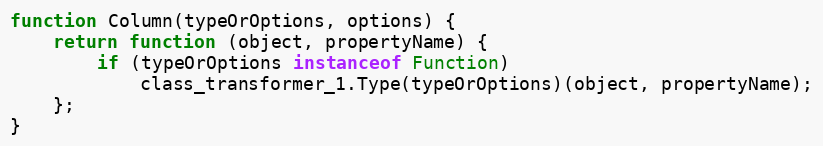
Language: JavaScript
function Column(typeOrOptions, options) {
    return function (object, propertyName) {
        if (typeOrOptions instanceof Function)
            class_transformer_1.Type(typeOrOptions)(object, propertyName);
    };
}